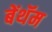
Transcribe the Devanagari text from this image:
बेंथॅम